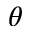
\theta